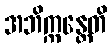
အဘိက္ကန္တေတိ